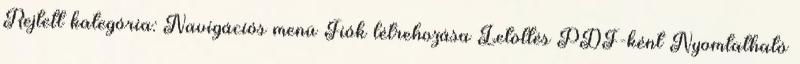
Rejtett kategória: Navigációs menü Fiók létrehozása Letöltés PDF-ként Nyomtatható